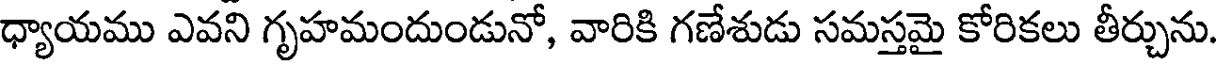
ధ్యాయము ఎవని గృహమందుండునో, వారికి గణేశుడు సమస్తమై కోరికలు తీర్చును.